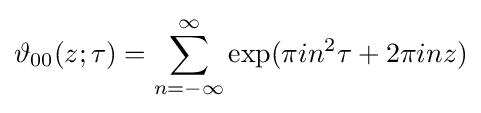
\vartheta _{00}(z;\tau )=\sum _{n=-\infty }^{\infty }\exp(\pi in^{2}\tau +2\pi inz)